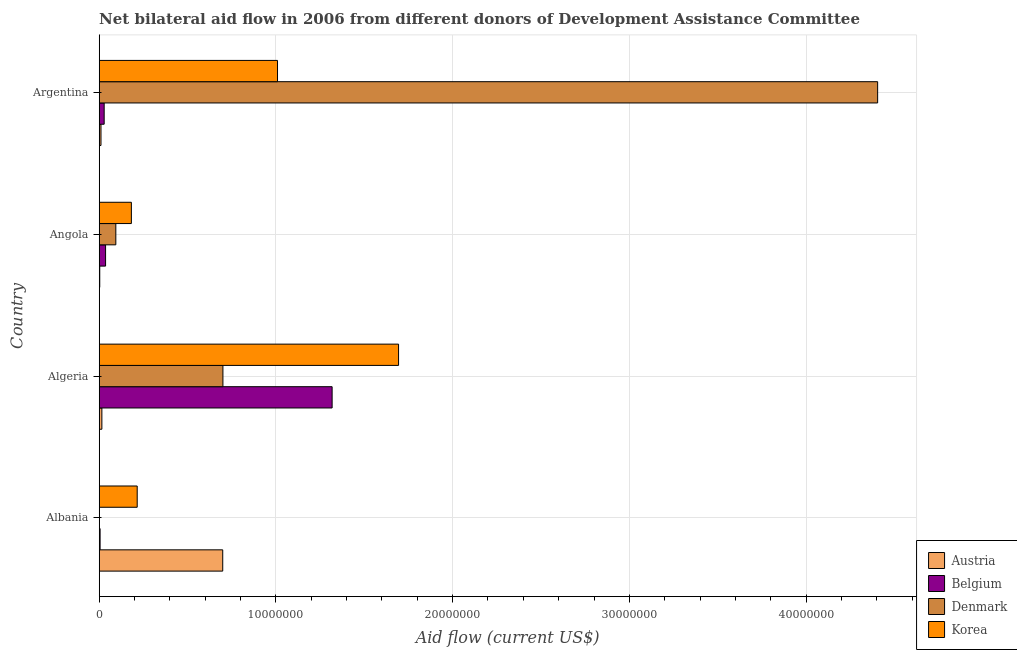
| Country | Austria | Belgium | Denmark | Korea |
 | --- | --- | --- | --- | --- |
 | Albania | 6.99e+06 | 5e+04 | -5.5e+05 | 2.15e+06 |
 | Algeria | 1.5e+05 | 1.32e+07 | 7e+06 | 1.69e+07 |
 | Angola | 3e+04 | 3.6e+05 | 9.4e+05 | 1.82e+06 |
 | Argentina | 1e+05 | 2.8e+05 | 4.40e+07 | 1.01e+07 |